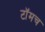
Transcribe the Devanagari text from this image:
टॉमच